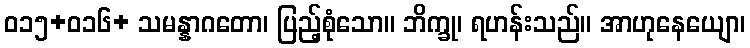
ဝ၁၅+၀၁၆+ သမန္နာဂတော၊ ပြည့်စုံသော။ ဘိက္ခု၊ ရဟန်းသည်။ အာဟုနေယျော၊